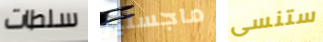
سلطات ماجستير ستنسى